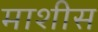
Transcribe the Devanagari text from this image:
माशीस